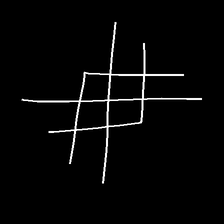
Glyph: crystal